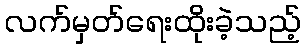
လက်မှတ်ရေးထိုးခဲ့သည့်